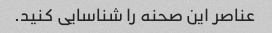
عناصر این صحنه را شناسایی کنید.